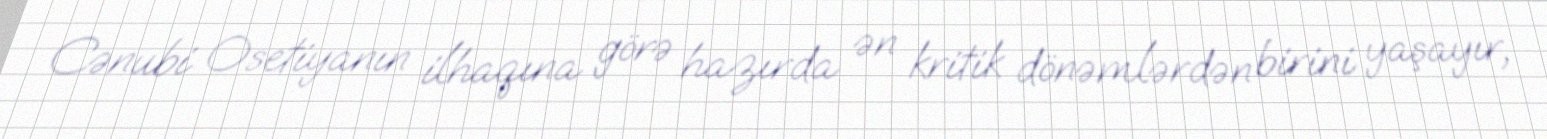
Cənubi Osetiyanın ilhaqına görə hazırda ən kritik dönəmlərdən birini yaşayır,